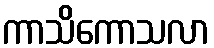
ကာသိကောသလာ